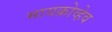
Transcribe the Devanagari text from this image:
मायक्रोव्हेव